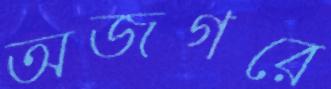
অজগরে